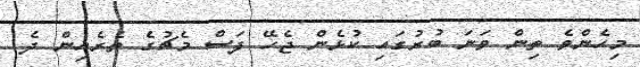
މިހެންވެ ތިން ވަނަ ބުރުގައި ކުޅެން ޖެހޭ ފަސް މެޗުގެ ތެރެއިން ދެ